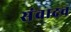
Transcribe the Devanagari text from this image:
संवादच